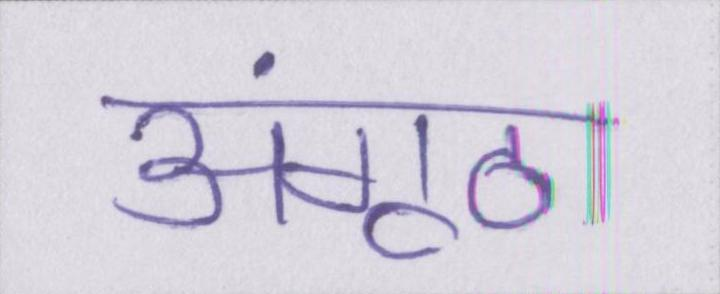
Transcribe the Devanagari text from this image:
अंगूठा